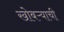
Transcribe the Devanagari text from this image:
खोबऱ्याची